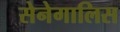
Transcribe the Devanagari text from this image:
सेनेगालिस